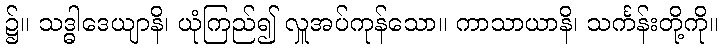
၌။ သဒ္ဓါဒေယျာနိ၊ ယုံကြည်၍ လှူအပ်ကုန်သော။ ကာသာယာနိ၊ သင်္ကန်းတို့ကို။